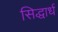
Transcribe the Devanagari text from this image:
सिद्धार्ध